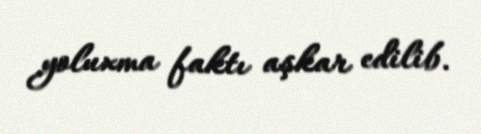
yoluxma faktı aşkar edilib.